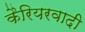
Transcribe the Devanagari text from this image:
कैरियरवादी